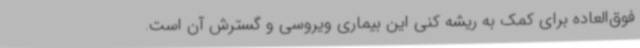
فوق‌العاده برای کمک به ریشه کنی این بیماری ویروسی و گسترش آن است.